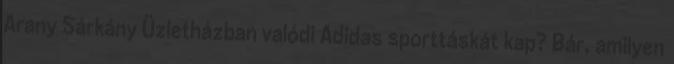
Arany Sárkány Üzletházban valódi Adidas sporttáskát kap? Bár, amilyen